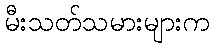
မီးသတ်သမားများက